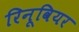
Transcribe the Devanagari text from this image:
रिनूवियर